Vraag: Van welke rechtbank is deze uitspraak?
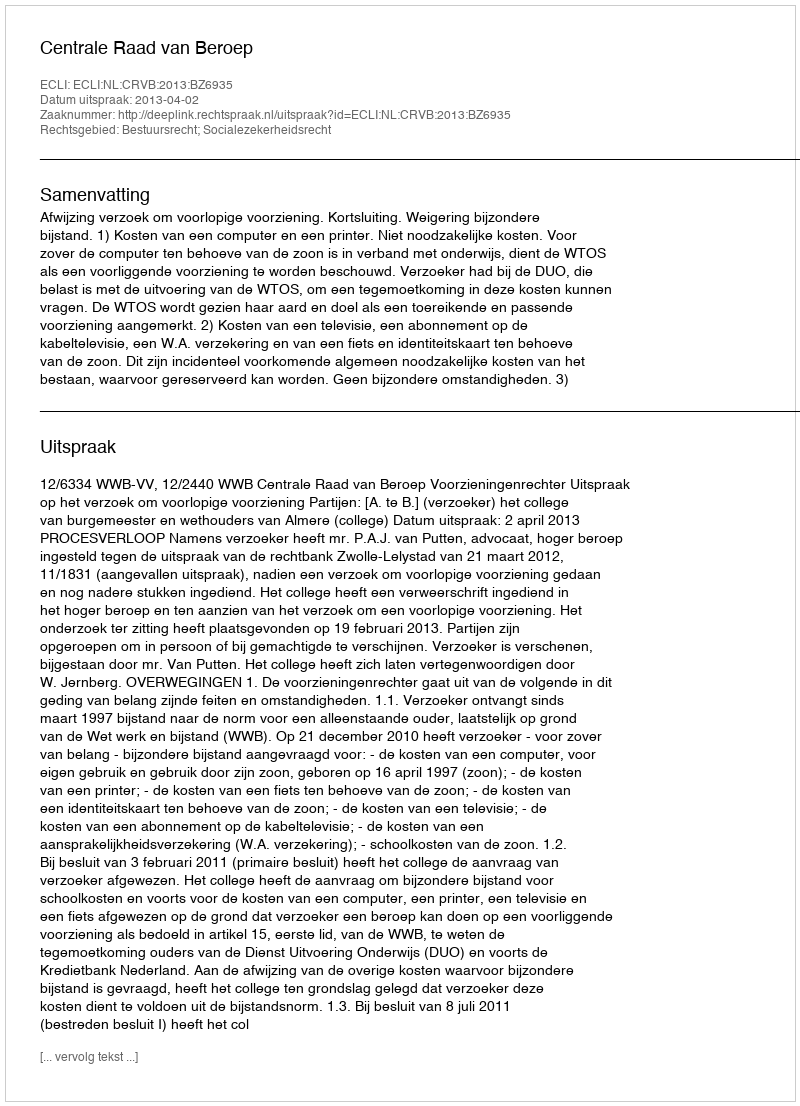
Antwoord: Centrale Raad van Beroep